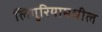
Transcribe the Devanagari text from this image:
लिगुरियामधील